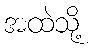
အထဲသို့